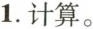
1.计算。